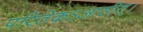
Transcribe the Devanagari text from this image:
परितेकऽआसीत्।